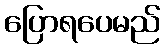
ပြောရပေမည်